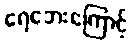
ရေဘေးကြောင့်